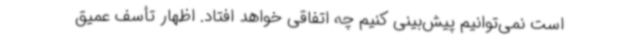
است نمی‌توانیم پیش‌بینی کنیم چه اتفاقی خواهد افتاد. اظهار تأسف عمیق